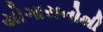
યોગાસનોથી